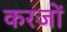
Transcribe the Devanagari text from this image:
करजों